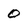
Character: 0